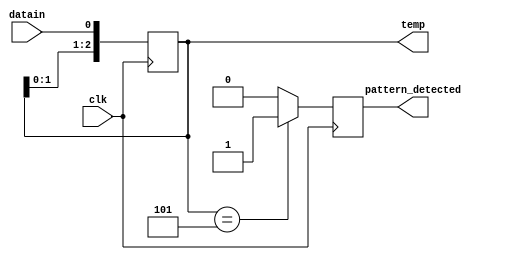
module pattern_detection_one_oh_one(
    input datain,
    input clk,
    output reg pattern_detected,
    output reg [2:0]temp
);
initial begin
    temp=3'b000;
end
always @(negedge clk) begin
    temp=temp<<1;
    temp[0]<=datain;
end 
always @(posedge clk)begin
    if(temp==3'b101) begin
        pattern_detected<=1;
    end
    else begin
        pattern_detected<=0;
    end
end
endmodule